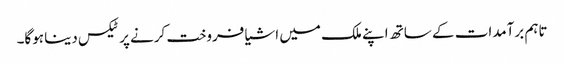
تاہم برآمدات کے ساتھ اپنے ملک میں اشیا فروخت کرنے پر ٹیکس دینا ہوگا۔